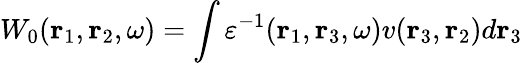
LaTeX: W_{0}(\mathbf{r}_{1},\mathbf{r}_{2},\omega)=\int\varepsilon^{-1}(\mathbf{r}_{1},\mathbf{r}_{3},\omega)v(\mathbf{r}_{3},\mathbf{r}_{2})d\mathbf{r}_{3}